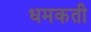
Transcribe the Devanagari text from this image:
धमकती